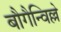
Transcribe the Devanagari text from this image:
बौगैन्विल्ले